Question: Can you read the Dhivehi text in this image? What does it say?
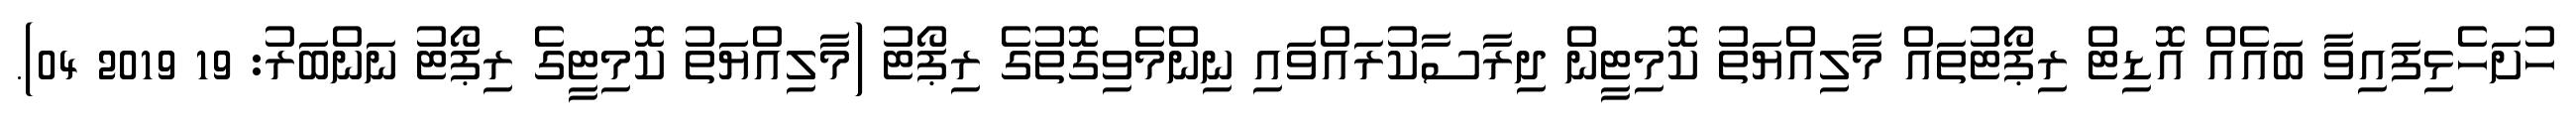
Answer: ހުށަހެޅިފައިވާ ބައެއް އޮޑިޓް ރިޕޯޓުތައް މާލިއްޔަތު ކޮމިޓީން ދިރާސާކުރައްވައި ނިންމެވިގޮތުގެ ރިޕޯޓު (މާލިއްޔަތު ކޮމިޓީގެ ރިޕޯޓު ނަންބަރު: 19 2019 04).